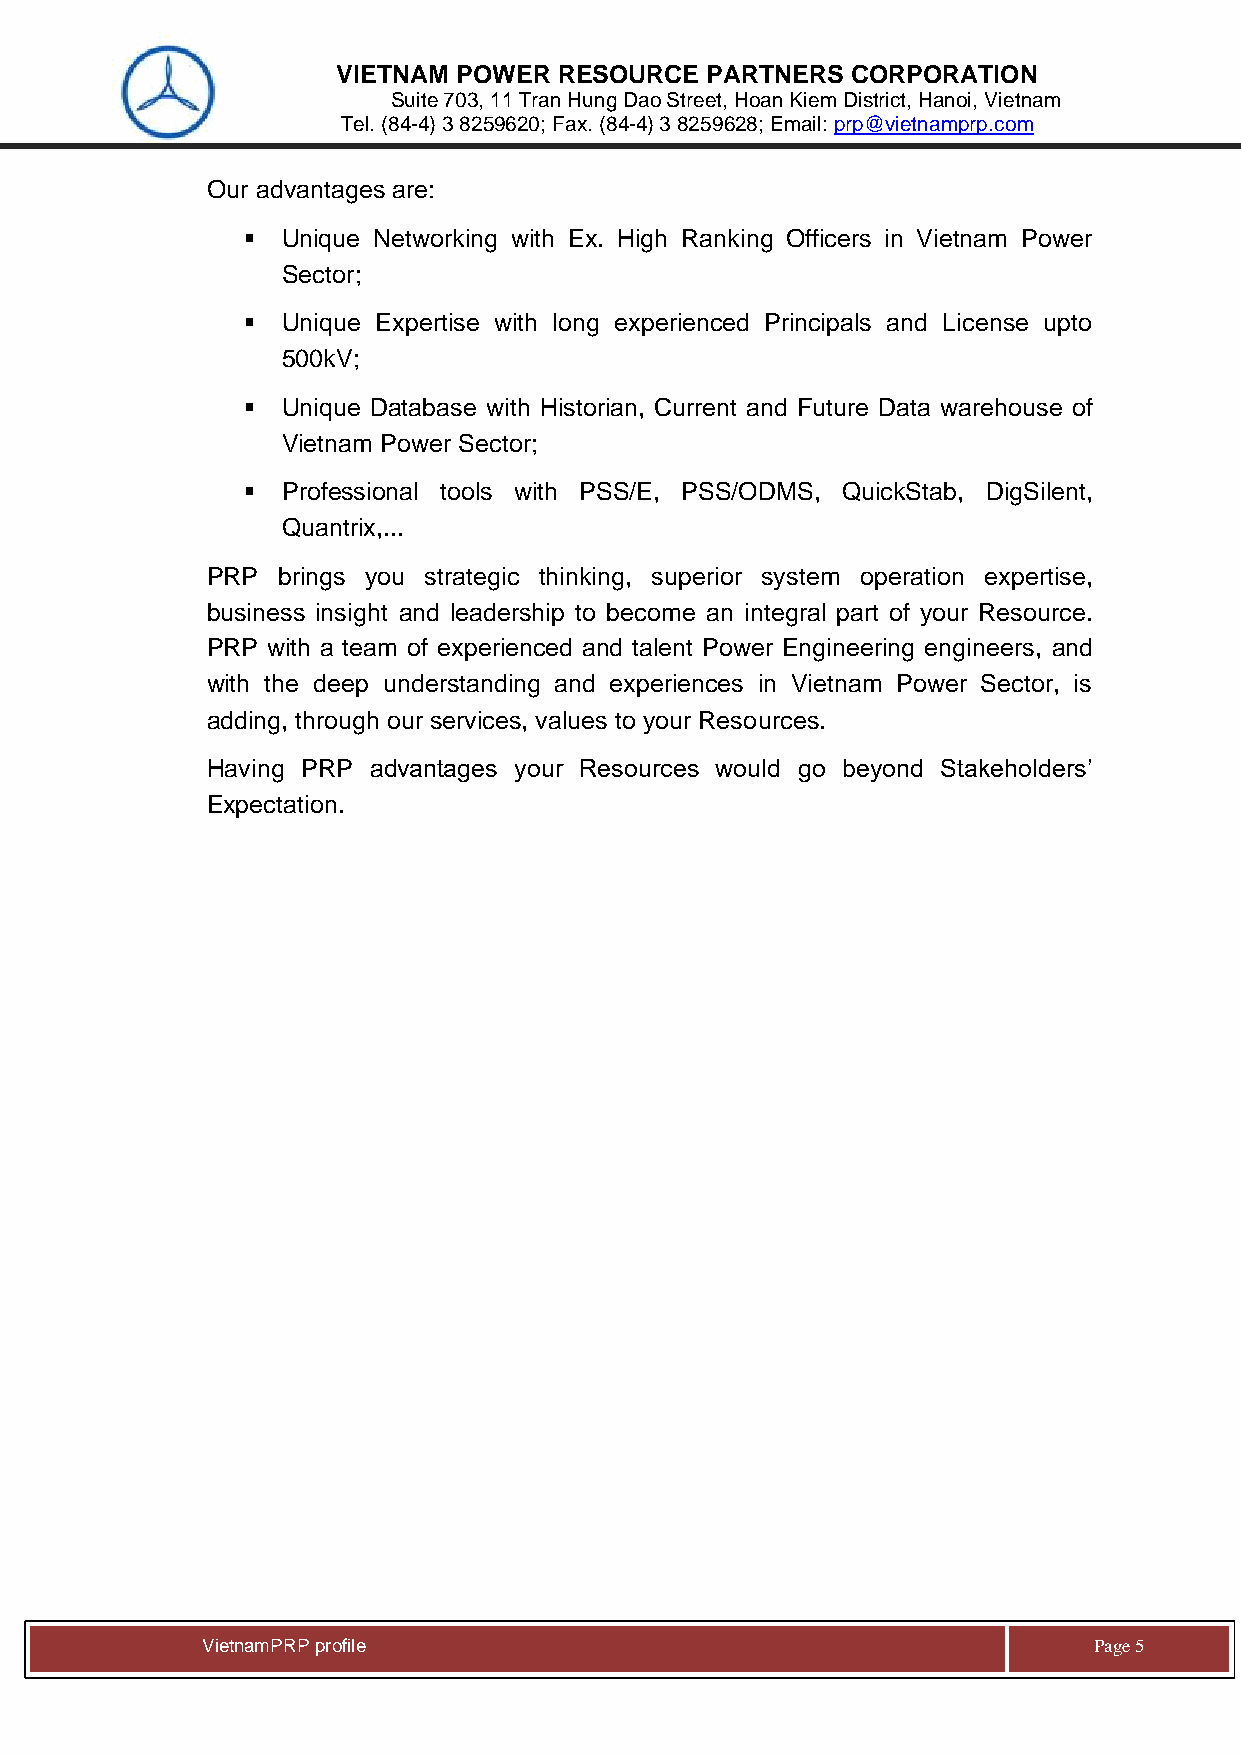
VIETNAM POWER  RESOURCE  PARTNERS CORPORATION
 Suite 703, 11 Tran Hung Dao Street, Hoan Kiem District, Hanoi, Vietnam
 Tel. (84-4) 3 8259620; Fax. (84-4) 3 8259628; Email: prp@vietnamprp.com
 Our advantages are:
 ▪  Unique Networking with Ex. High Ranking Officers in Vietnam Power
 Sector;
 ▪  Unique Expertise with long experienced Principals and License upto
 500kV;
 ▪  Unique Database with Historian, Current and Future Data warehouse of
 Vietnam Power Sector;
 ▪  Professional tools with PSS/E, PSS/ODMS, QuickStab, DigSilent,
 Quantrix,...
 PRP brings you strategic thinking, superior system operation expertise,
 business insight and leadership to become an integral part of your Resource.
 PRP with a team of experienced and talent Power Engineering engineers, and
 with the deep understanding and experiences in Vietnam Power Sector, is
 adding, through our services, values to your Resources.
 Having PRP advantages your Resources would go beyond Stakeholders’
 Expectation.
 V ietnamPRP profile                                        Page 5